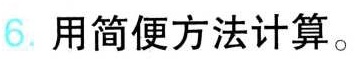
6. 用简便方法计算。